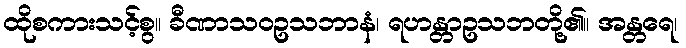
ထိုစကားသင့်စွ။ ခီဏာသဝဥသဘာနံ၊ ရဟန္တာဥသဘတို့၏။ အန္တရေ၊